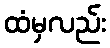
ထံမှလည်း